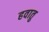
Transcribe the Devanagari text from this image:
हवातु